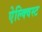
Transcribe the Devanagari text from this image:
ऐल्क्विस्ट